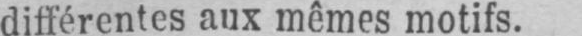
différentes aux mêmes motifs.